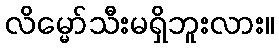
လိမ္မော်သီးမရှိဘူးလား။